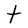
Character: t